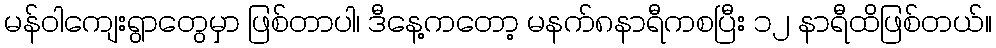
မန်ဝါကျေးရွာတွေမှာ ဖြစ်တာပါ၊ ဒီနေ့ကတော့ မနက်၈နာရီကစပြီး ၁၂ နာရီထိဖြစ်တယ်။